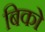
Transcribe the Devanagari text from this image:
बिको